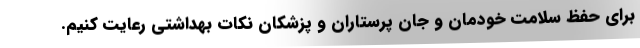
برای حفظ سلامت خودمان و جان پرستاران و پزشکان نکات بهداشتی رعایت کنیم.